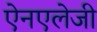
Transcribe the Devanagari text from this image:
ऐनएलेजी